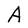
Character: A